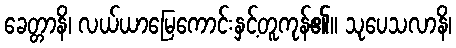
ခေတ္တာနိ၊ လယ်ယာမြေကောင်းနှင့်တူကုန်၏။ သုပေသလာနိ၊